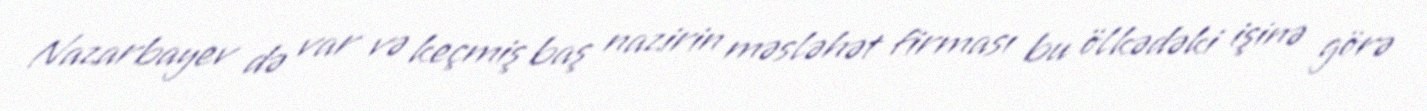
Nazarbayev də var və keçmiş baş nazirin məsləhət firması bu ölkədəki işinə görə